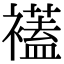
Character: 𧞔